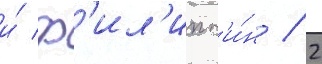
и́ ф'ил'ипп'и́н / 2